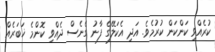
ކުރެއްވި ކަންކަން ކުރުމެވެ. އަދި އެކަލޭގެ ފާނު ގެނެސް ދެއްވި ކޮންމެ ޚަބަރެއް